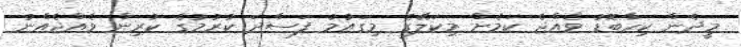
މީދެން ކިހާބޮޑު ވެއްޖެ ކަމެށް މިކަލޭގެ މިގައުމު ފަސާދަ ކުރުމުގެ ކުރިން ވެއްޖެއްނު